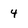
Character: 4